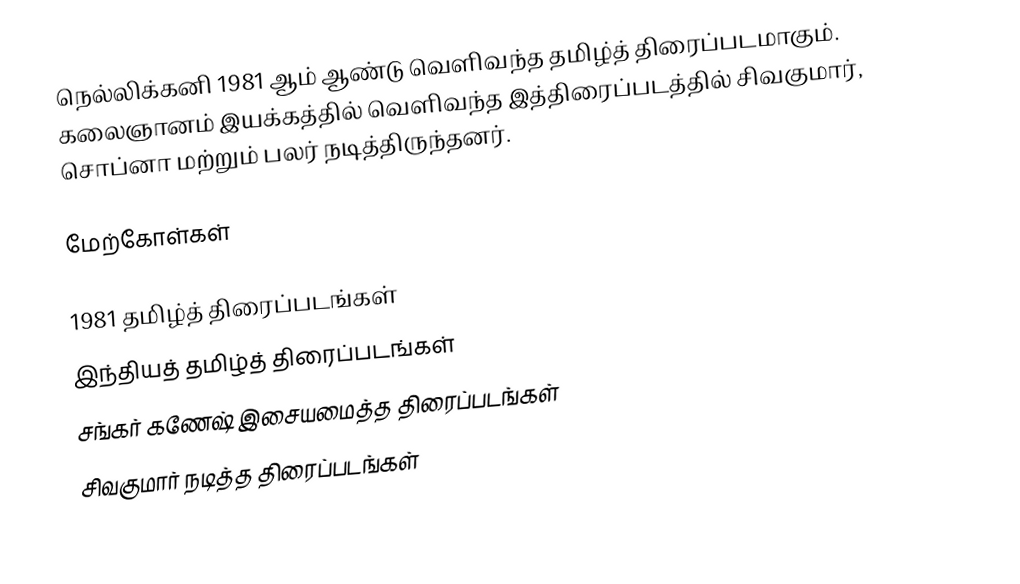
நெல்லிக்கனி 1981 ஆம் ஆண்டு வெளிவந்த தமிழ்த் திரைப்படமாகும். கலைஞானம் இயக்கத்தில் வெளிவந்த இத்திரைப்படத்தில் சிவகுமார், சொப்னா மற்றும் பலர் நடித்திருந்தனர்.

மேற்கோள்கள்

1981 தமிழ்த் திரைப்படங்கள்
இந்தியத் தமிழ்த் திரைப்படங்கள்
சங்கர் கணேஷ் இசையமைத்த திரைப்படங்கள்
சிவகுமார் நடித்த திரைப்படங்கள்